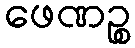
ဖေဏဉ္စ